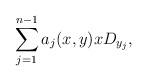
LaTeX: \begin{align*}\sum_{j=1}^{n-1} a_j(x,y)xD_{y_j},\end{align*}